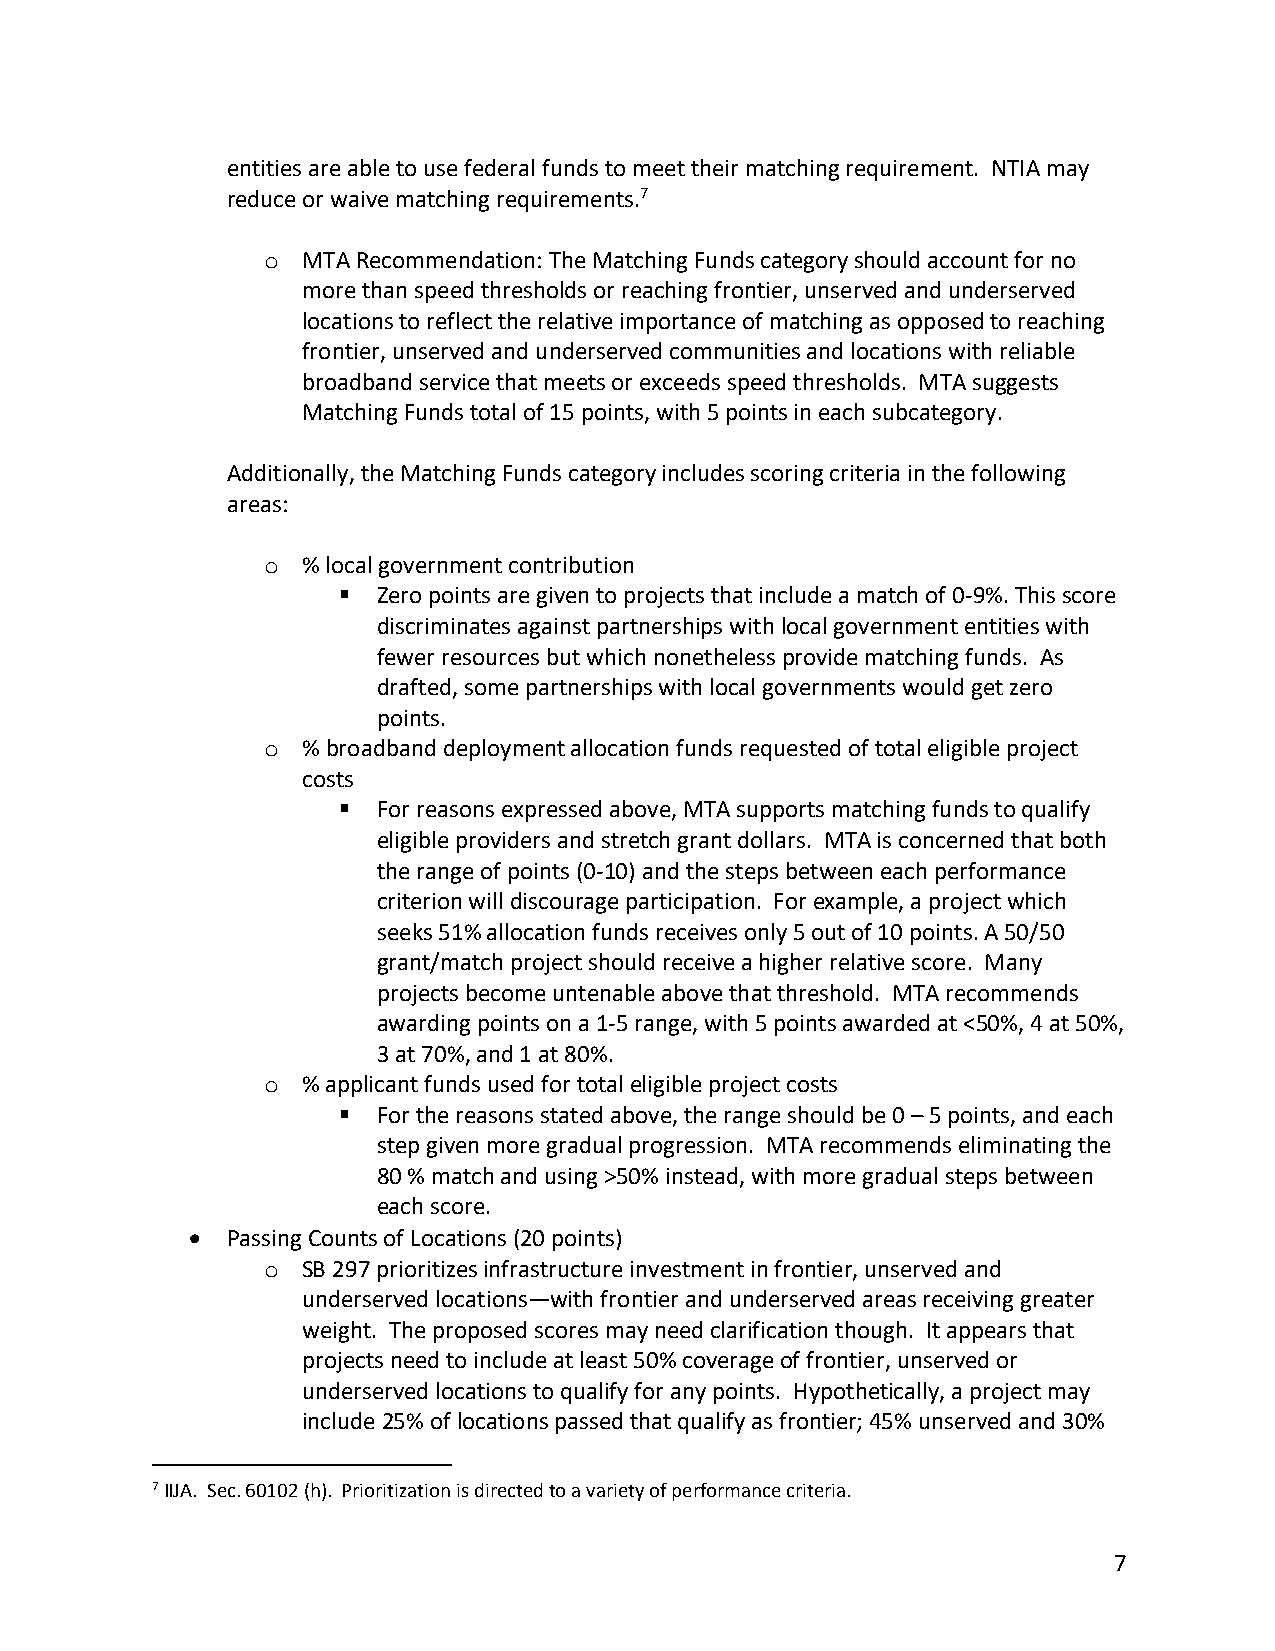
entities are able to use federal funds to meet their matching requirement. NTIA may
 reduce or waive matching requirements.7
 o MTA Recommendation: The Matching Funds category should account for no
 more than speed thresholds or reaching frontier, unserved and underserved
 locations to reflect the relative importance of matching as opposed to reaching
 frontier, unserved and underserved communities and locations with reliable
 broadband service that meets or exceeds speed thresholds. MTA suggests
 Matching Funds total of 15 points, with 5 points in each subcategory.
 Additionally, the Matching Funds category includes scoring criteria in the following
 areas:
 o % local government contribution
 §  Zero points are given to projects that include a match of 0-9%. This score
 discriminates against partnerships with local government entities with
 fewer resources but which nonetheless provide matching funds. As
 drafted, some partnerships with local governments would get zero
 points.
 o % broadband deployment allocation funds requested of total eligible project
 costs
 §  For reasons expressed above, MTA supports matching funds to qualify
 eligible providers and stretch grant dollars. MTA is concerned that both
 the range of points (0-10) and the steps between each performance
 criterion will discourage participation. For example, a project which
 seeks 51% allocation funds receives only 5 out of 10 points. A 50/50
 grant/match project should receive a higher relative score. Many
 projects become untenable above that threshold. MTA recommends
 awarding points on a 1-5 range, with 5 points awarded at <50%, 4 at 50%,
 3 at 70%, and 1 at 80%.
 o % applicant funds used for total eligible project costs
 §  For the reasons stated above, the range should be 0 – 5 points, and each
 step given more gradual progression. MTA recommends eliminating the
 80 % match and using >50% instead, with more gradual steps between
 each score.
 • Passing Counts of Locations (20 points)
 o SB 297 prioritizes infrastructure investment in frontier, unserved and
 underserved locations—with frontier and underserved areas receiving greater
 weight. The proposed scores may need clarification though. It appears that
 projects need to include at least 50% coverage of frontier, unserved or
 underserved locations to qualify for any points. Hypothetically, a project may
 include 25% of locations passed that qualify as frontier; 45% unserved and 30%
 7 IIJA. Sec. 60102 (h). Prioritization is directed to a variety of performance criteria.
 7